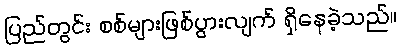
ပြည်တွင်း စစ်များဖြစ်ပွားလျက် ရှိနေခဲ့သည်။